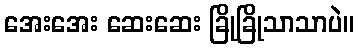
အေးအေး ဆေးဆေး ခြိုခြိုသာသာပဲ။